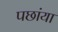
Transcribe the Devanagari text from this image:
पछांया